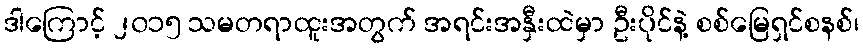
ဒါကြောင့် ၂၀၁၅ သမတရာထူးအတွက် အရင်းအနှီးထဲမှာ ဦးပိုင်နဲ့ စစ်မြေရှင်စနစ်၊